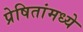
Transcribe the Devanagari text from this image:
प्रेषितांमध्ये